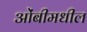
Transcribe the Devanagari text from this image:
ओंबीमधील